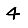
Digit: 4